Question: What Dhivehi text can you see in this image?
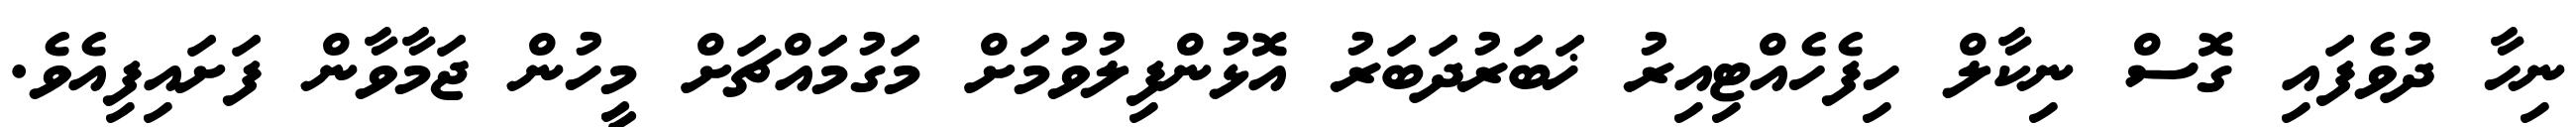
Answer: ނިހާ ދުވެފައި ގޮސް ނިކާލް ހިފެހެއްޓިއިރު ޚަބަރުދަބަރު އޮޅުންފިލުވުމަށް މަގުމައްޗަށް މީހުން ޖަމާވާން ފަށައިފިއެވެ.